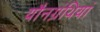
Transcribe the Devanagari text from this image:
यौनग्रंथियां